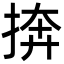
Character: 捹